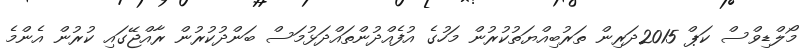
މޯލްޑިވްސް ކަޕް 2015ދަރިން ތަރުބިއްޔަތުކުރުން މަހުގެ އުފެއްދުންތައްދަޅުމަސް ބަންދުކުރުން ރާއްޖޭގައި ކުރުން އެންމެ